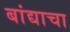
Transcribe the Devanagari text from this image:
बांद्याचा